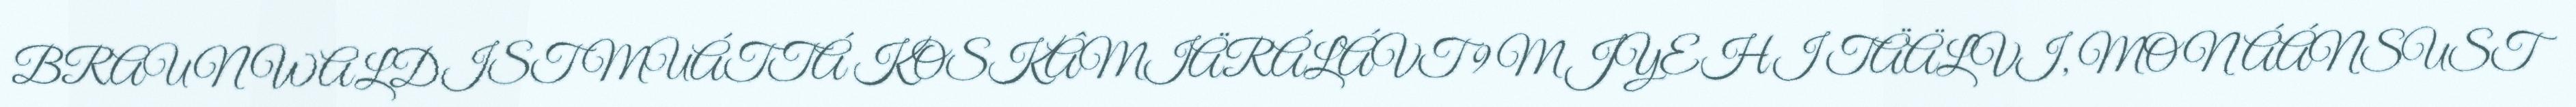
BRAUNWALDIST MUÁTTÁ KOSKÂMIÄRÁLÁVT 9 M JYEHI TÄÄLVI, MON ÁÁNSUST